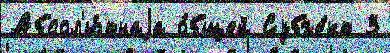
Абсол'ю́тнаjа о́бщей Субъе́кт 3